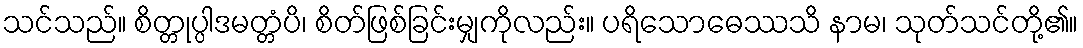
သင်သည်။ စိတ္တုပ္ပါဒမတ္တံပိ၊ စိတ်ဖြစ်ခြင်းမျှကိုလည်း။ ပရိသောဓေဿသိ နာမ၊ သုတ်သင်တို့၏။